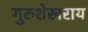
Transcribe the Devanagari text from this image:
गुरुशेखराय